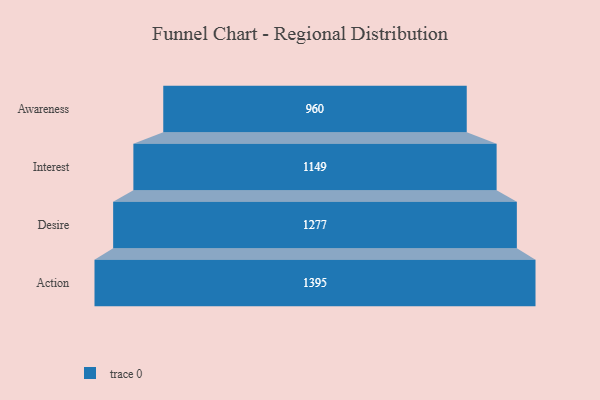
{"axis": {"x": "Stage", "y": "Value"}, "legend": [""], "data": [{"x": "Awareness", "y": 960.0, "type": ""}, {"x": "Interest", "y": 1149.0, "type": ""}, {"x": "Desire", "y": 1277.0, "type": ""}, {"x": "Action", "y": 1395.0, "type": ""}]}